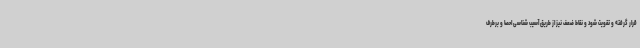
قرار گرفته و تقویت شود و نقاط ضعف نیز از طریق آسیب شناسی احصا و برطرف